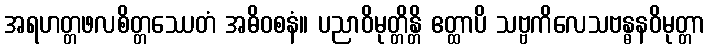
အရဟတ္တဖလစိတ္တဿေတံ အဓိဝစနံ။ ပညာဝိမုတ္တိန္တိ ဧတ္ထာပိ သဗ္ဗကိလေသဗန္ဓနဝိမုတ္တာ